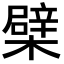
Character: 檗